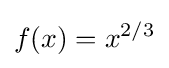
f(x)=x^{2/3}